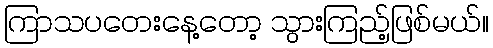
ကြာသပတေးနေ့တော့ သွားကြည့်ဖြစ်မယ်။